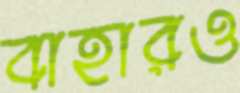
বাহারও